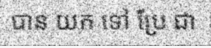
បាន យក ទៅ ប្រែ ជា